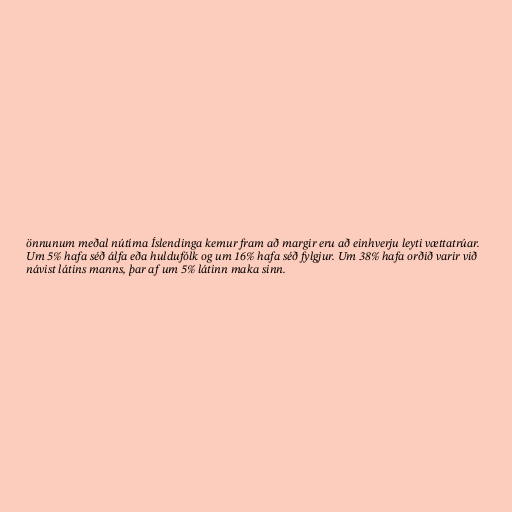
önnunum meðal nútíma Íslendinga kemur fram að margir eru að einhverju leyti vættatrúar.
Um 5% hafa séð álfa eða huldufólk og um 16% hafa séð fylgjur. Um 38% hafa orðið varir við
návist látins manns, þar af um 5% látinn maka sinn.